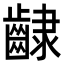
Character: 𮯊